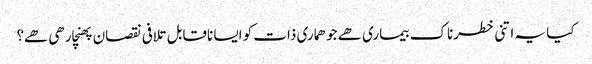
کیا یہ اتنی خطرناک بیماری ھے جو ھماری ذات کو ایسا ناقابل تلافی نقصان پھنچارھی ھے؟